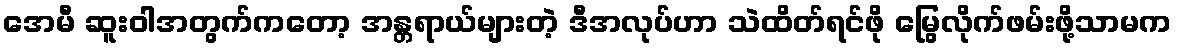
အေမီ ဆူးဝါအတွက်ကတော့ အန္တရာယ်များတဲ့ ဒီအလုပ်ဟာ သဲထိတ်ရင်ဖို မြွေလိုက်ဖမ်းဖို့သာမက